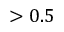
> 0 . 5